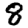
Digit: 8